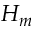
H _ { m }